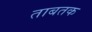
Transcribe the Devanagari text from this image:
ताबतक